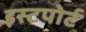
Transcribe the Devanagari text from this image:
इस्टपोर्ट